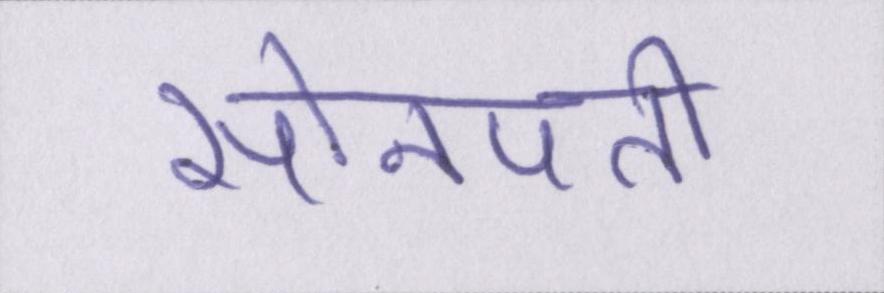
सोनपती